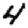
Digit: 4